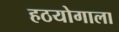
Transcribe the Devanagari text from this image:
हठयोगाला